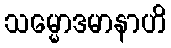
သမ္မောဒမာနာဟိ